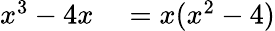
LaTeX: \begin{array}{rl}{x^{3}-4x}&{{}=x(x^{2}-4)}\end{array}